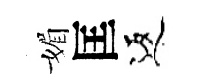
媚匡返